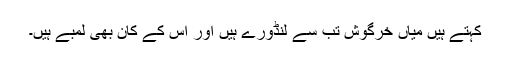
کہتے ہیں میاں خرگوش تب سے لنڈورے ہیں اور اس کے کان بھی لمبے ہیں۔